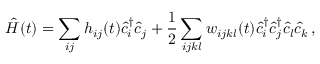
\hat { H } ( t ) = \sum _ { i j } h _ { i j } ( t ) \hat { c } _ { i } ^ { \dagger } \hat { c } _ { j } + \frac { 1 } { 2 } \sum _ { i j k l } w _ { i j k l } ( t ) \hat { c } _ { i } ^ { \dagger } \hat { c } _ { j } ^ { \dagger } \hat { c } _ { l } \hat { c } _ { k } \, ,